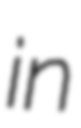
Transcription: in